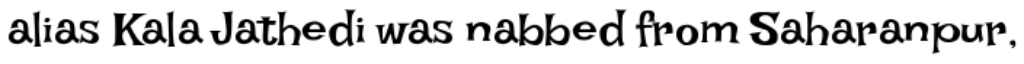
alias Kala Jathedi was nabbed from Saharanpur,